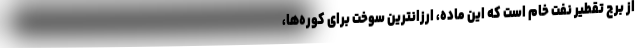
از برج تقطیر نفت خام است که این ماده، ارزانترین سوخت برای کوره‌ها،